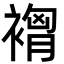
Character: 𮖣